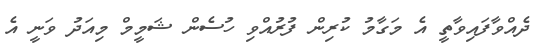
ދެއްވާފައިވާތީ އެ މަގާމު ކުރިން ފުރުއްވި ހުސެން ޝަމީމް މިއަދު ވަނީ އެ